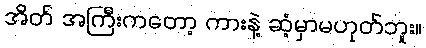
အိတ် အကြီးကတော့ ကားနဲ့ ဆံ့မှာမဟုတ်ဘူး။